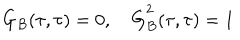
\dot { G } _ { B } ( \tau , \tau ) = 0 , \quad \dot { G } _ { B } ^ { 2 } ( \tau , \tau ) = 1